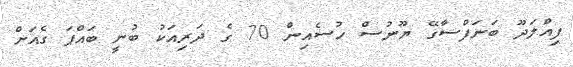
ފިއްލަދޫ ބަނަފްސާގޭ ޔޫނުސް ހުސެއިން 70 ގެ ދަރިއަކު ބުނީ ބައްޕަ ގެއަށް